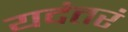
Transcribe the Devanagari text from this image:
यदंतरं